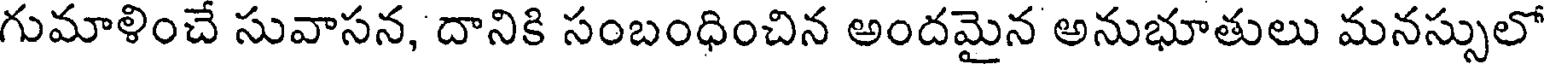
గుమాళించే సువాసన, దానికి సంబంధించిన అందమైన అనుభూతులు మనస్సులో